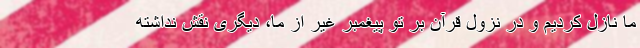
ما نازل کردیم و در نزول قرآن بر تو پیغمبر غیر از ما، دیگری نقش نداشته